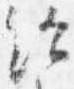
給